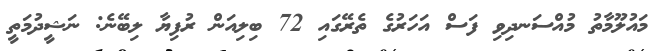
މައުލޫމާތު މުއްސަނދިވި ފަސް އަހަރުގެ ތެރޭގައި 72 ބިލިއަން ރުފިޔާ ލިބޭނެ: ނަޝީދުމަތީ